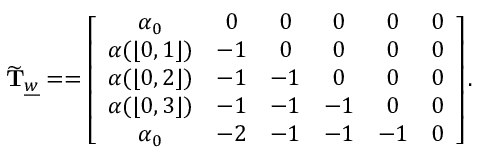
\widetilde { \mathbf { T } } _ { \underline { { w } } } = = \left[ \begin{array} { c c c c c c } { \alpha _ { 0 } } & { 0 } & { 0 } & { 0 } & { 0 } & { 0 } \\ { \boldsymbol { \alpha } ( \lfloor 0 , 1 \rfloor ) } & { - 1 } & { 0 } & { 0 } & { 0 } & { 0 } \\ { \boldsymbol { \alpha } ( \lfloor 0 , 2 \rfloor ) } & { - 1 } & { - 1 } & { 0 } & { 0 } & { 0 } \\ { \boldsymbol { \alpha } ( \lfloor 0 , 3 \rfloor ) } & { - 1 } & { - 1 } & { - 1 } & { 0 } & { 0 } \\ { \alpha _ { 0 } } & { - 2 } & { - 1 } & { - 1 } & { - 1 } & { 0 } \end{array} \right] .